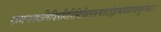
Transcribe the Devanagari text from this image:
खसमगधषिबिरगिरिमिथिलसमतटोड्राष्ववदनदन्तुरकाः।